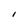
Character: I